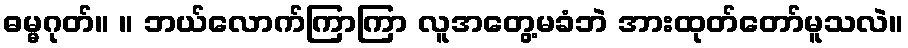
ဓမ္မဂုတ်။ ။ ဘယ်လောက်ကြာကြာ လူအတွေ့မခံဘဲ အားထုတ်တော်မူသလဲ။